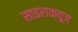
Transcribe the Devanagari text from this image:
साइराक्यूज